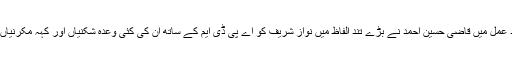
اس کے رد عمل میں قاضی حسین احمد نے بڑے تند الفاظ میں نواز شریف کو اے پی ڈی ایم کے ساتھ ان کی کئی وعدہ شکنیاں اور کہہ مکرنیاں یاد دلائیں۔